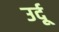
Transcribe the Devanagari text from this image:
उर्दूू